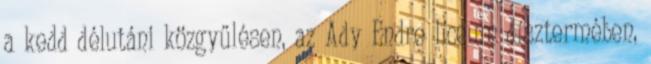
a kedd délutáni közgyűlésen, az Ady Endre líceum dísztermében,